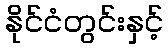
နိုင်ငံတွင်းနှင့်